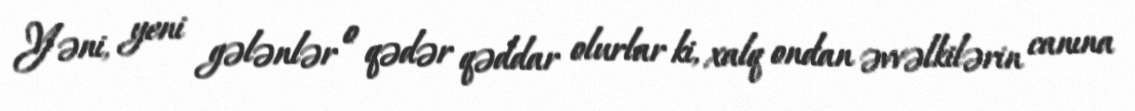
Yəni, yeni gələnlər o qədər qəddar olurlar ki, xalq ondan əvvəlkilərin canına